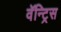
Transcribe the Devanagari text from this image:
वॅन्ट्रिस